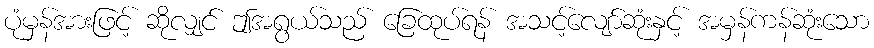
ပုံမှန်အားဖြင့် ဆိုလျှင် ဤအရွယ်သည် ခြေထုပ်ရန် အသင့်လျော်ဆုံးနှင့် အမှန်ကန်ဆုံးသော